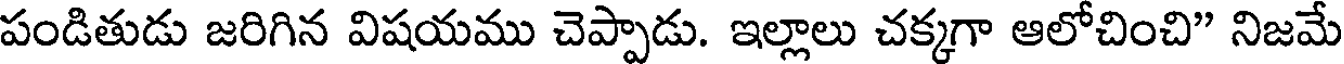
పండితుడు జరిగిన విషయము చెప్పాడు. ఇల్లాలు చక్కగా ఆలోచించి" నిజమే